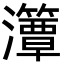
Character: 㶘